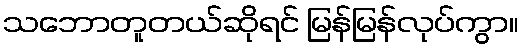
သဘောတူတယ်ဆိုရင် မြန်မြန်လုပ်ကွာ။